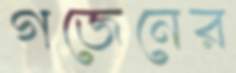
গজেনের